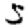
Digit: 5